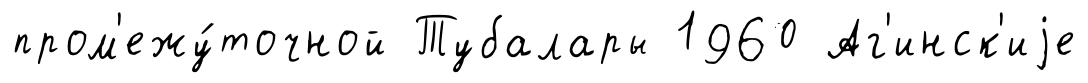
пром'ежу́точной Тубалары 1960 Аг'инск'иjе